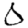
Digit: 0